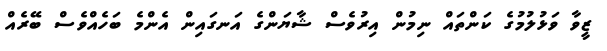
ޒީވާ ވަޅުލުމުގެ ކަންތައް ނިމުން އިރުވެސް ޝާޔަންގެ އަނގައިން އެންމެ ބަހެއްވެސް ބޭރެއް